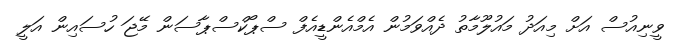
ވީނިއުސް އަށް މިއަދު މައުލޫމާތު ދެއްވަމުން އެމްއެންޑީއެފް ސްޕޯކްސްޕާސަން މޭޖަ ހުސައިން އަލީ